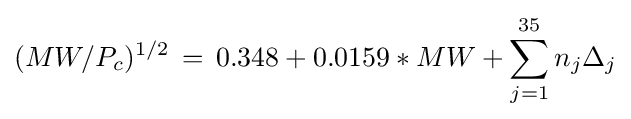
(MW/P_{c})^{1/2}\,=\,0.348+0.0159*MW+\sum _{j=1}^{35}n_{j}\Delta _{j}